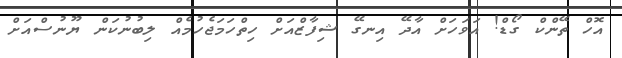
އޮހް ތޭންކް ގޯޑް! އަވަހަށް އާދޭ އިނގޭ ޝިފާޒްއަށް ހިތްހަމަޖެހުމެއް ލިބުނުކަން ޔޫނުސްއަށް